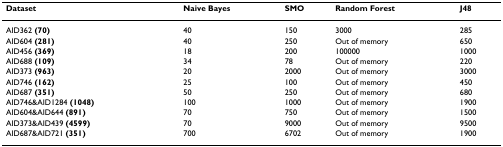
<table><thead><tr><td><b>Dataset</b></td><td><b>Naive Bayes</b></td><td><b>SMO</b></td><td><b>Random Forest</b></td><td><b>J48</b></td></tr></thead><tbody><tr><td>AID362 <b>(70)</b></td><td>40</td><td>150</td><td>3000</td><td>285</td></tr><tr><td>AID604 <b>(281)</b></td><td>40</td><td>250</td><td>Out of memory</td><td>650</td></tr><tr><td>AID456 <b>(369)</b></td><td>18</td><td>200</td><td>100000</td><td>1000</td></tr><tr><td>AID688 <b>(109)</b></td><td>34</td><td>78</td><td>Out of memory</td><td>220</td></tr><tr><td>AID373 <b>(963)</b></td><td>20</td><td>2000</td><td>Out of memory</td><td>3000</td></tr><tr><td>AID746 <b>(162)</b></td><td>25</td><td>100</td><td>Out of memory</td><td>450</td></tr><tr><td>AID687 <b>(351)</b></td><td>50</td><td>250</td><td>Out of memory</td><td>680</td></tr><tr><td>AID746&amp;AID1284 <b>(1048)</b></td><td>100</td><td>1000</td><td>Out of memory</td><td>1900</td></tr><tr><td>AID604&amp;AID644 <b>(891)</b></td><td>70</td><td>750</td><td>Out of memory</td><td>1500</td></tr><tr><td>AID373&amp;AID439 <b>(4599)</b></td><td>70</td><td>9000</td><td>Out of memory</td><td>9500</td></tr><tr><td>AID687&amp;AID721 <b>(351)</b></td><td>700</td><td>6702</td><td>Out of memory</td><td>1900</td></tr></tbody></table>